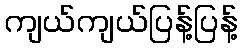
ကျယ်ကျယ်ပြန့်ပြန့်